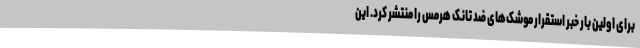
برای اولین بار خبر استقرار موشک‌های ضد تانک هرمس را منتشر کرد. این